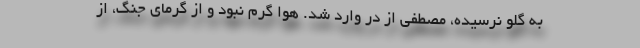
به گلو نرسیده، مصطفی از در وارد شد. هوا گرم نبود و از گرمای جنگ، از